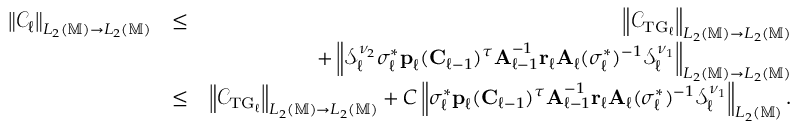
\begin{array} { r l r } { \left\| \mathcal { C } _ { \ell } \right\| _ { L _ { 2 } ( \mathbb { M } ) \to L _ { 2 } ( \mathbb { M } ) } } & { \le } & { \left\| \mathcal { C } _ { \mathrm { T G } _ { \ell } } \right\| _ { L _ { 2 } ( \mathbb { M } ) \to L _ { 2 } ( \mathbb { M } ) } } \\ & { } & { + \left\| \mathcal { S } _ { \ell } ^ { \nu _ { 2 } } \sigma _ { \ell } ^ { * } \boldsymbol { \mathbf { p } } _ { \ell } ( \boldsymbol { \mathbf { C } } _ { \ell - 1 } ) ^ { \tau } \boldsymbol { \mathbf { A } } _ { \ell - 1 } ^ { - 1 } \boldsymbol { \mathbf { r } } _ { \ell } \boldsymbol { \mathbf { A } } _ { \ell } ( \sigma _ { \ell } ^ { * } ) ^ { - 1 } \mathcal { S } _ { \ell } ^ { \nu _ { 1 } } \right\| _ { L _ { 2 } ( \mathbb { M } ) \to L _ { 2 } ( \mathbb { M } ) } } \\ & { \le } & { \left\| \mathcal { C } _ { \mathrm { T G } _ { \ell } } \right\| _ { L _ { 2 } ( \mathbb { M } ) \to L _ { 2 } ( \mathbb { M } ) } + C \left\| \sigma _ { \ell } ^ { * } \boldsymbol { \mathbf { p } } _ { \ell } ( \boldsymbol { \mathbf { C } } _ { \ell - 1 } ) ^ { \tau } \boldsymbol { \mathbf { A } } _ { \ell - 1 } ^ { - 1 } \boldsymbol { \mathbf { r } } _ { \ell } \boldsymbol { \mathbf { A } } _ { \ell } ( \sigma _ { \ell } ^ { * } ) ^ { - 1 } \mathcal { S } _ { \ell } ^ { \nu _ { 1 } } \right\| _ { L _ { 2 } ( \mathbb { M } ) } . } \end{array}